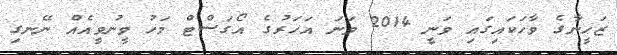
ޒަހީނާގެ ވާހަކައިގައި ވަނީ 2014 ވަނަ އަހަރުގެ އޯގަސްޓް މަހު ވީނުވީއެއް ނޭނގި